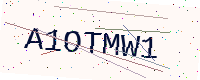
Text: A1OTMW1